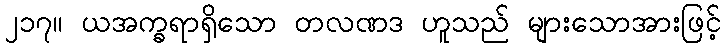
၂၁၇။ ယအက္ခရာရှိသော တလဏဒ ဟူသည် များသောအားဖြင့်